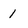
Character: 1